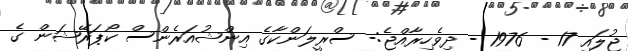
ޖުލައި 17 - 1976 - ދިވެހިރާއްޖެ:- ސްރީލަންކާގެ އިންޝުއަރެންސް ކޯޕަރޭޝަން ގެ